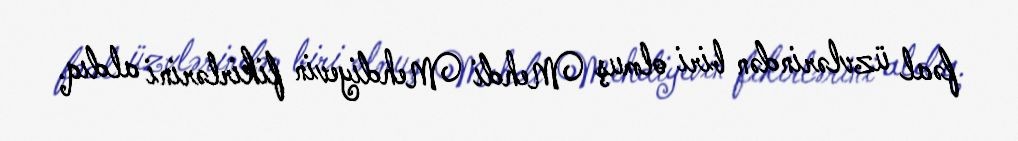
fəal üzvlərindən biri olmuş Mehdi Mehdiyevin fikirlərini aldıq.